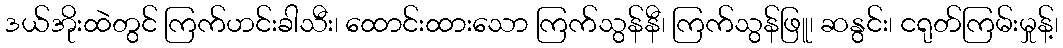
ဒယ်အိုးထဲတွင် ကြက်ဟင်းခါသီး၊ ထောင်းထားသော ကြက်သွန်နီ၊ ကြက်သွန်ဖြူ၊ ဆနွင်း၊ ငရုတ်ကြမ်းမှုန့်၊